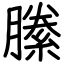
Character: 縢